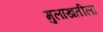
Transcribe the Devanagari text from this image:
मुलाखतीला